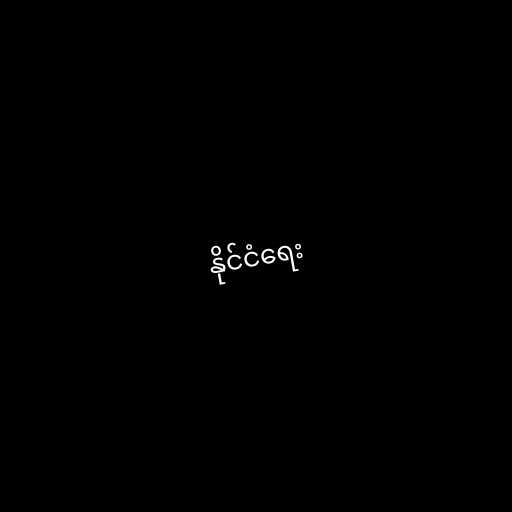
နိုင်ငံရေး